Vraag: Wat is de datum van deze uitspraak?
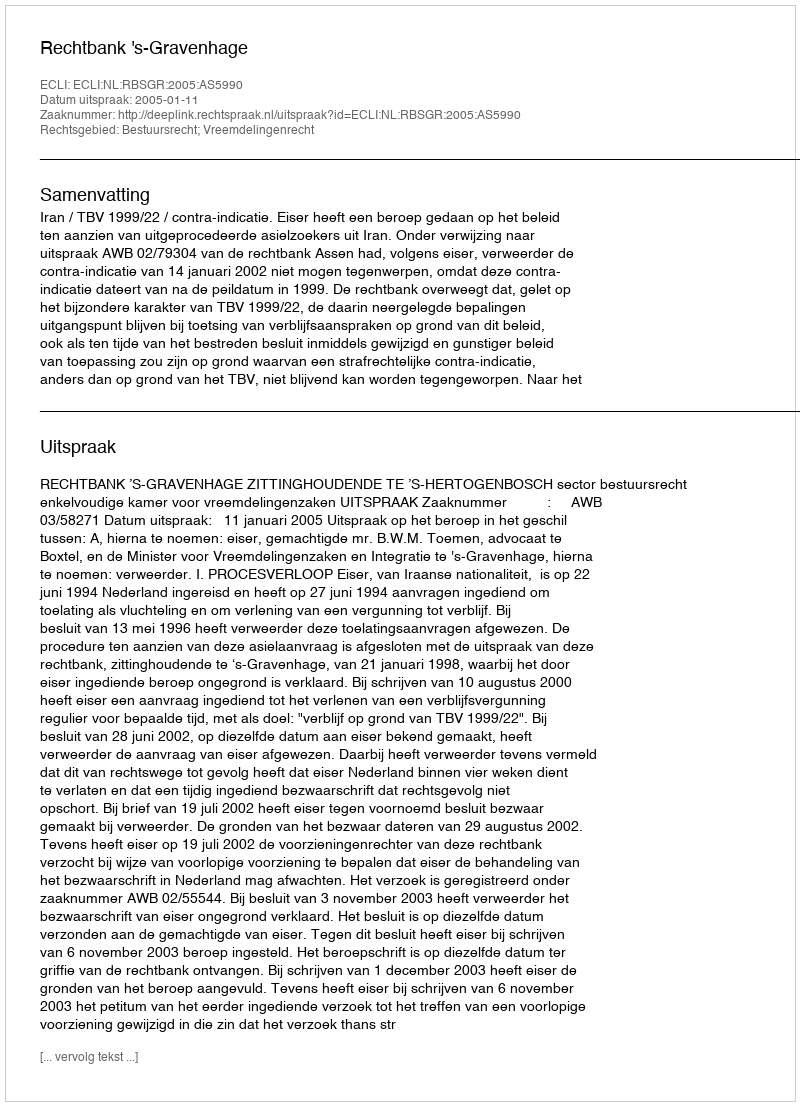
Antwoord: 2005-01-11